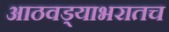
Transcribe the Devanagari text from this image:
आठवड्याभरातच